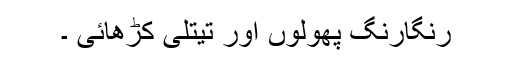
رنگارنگ پھولوں اور تیتلی کڑھائی ۔